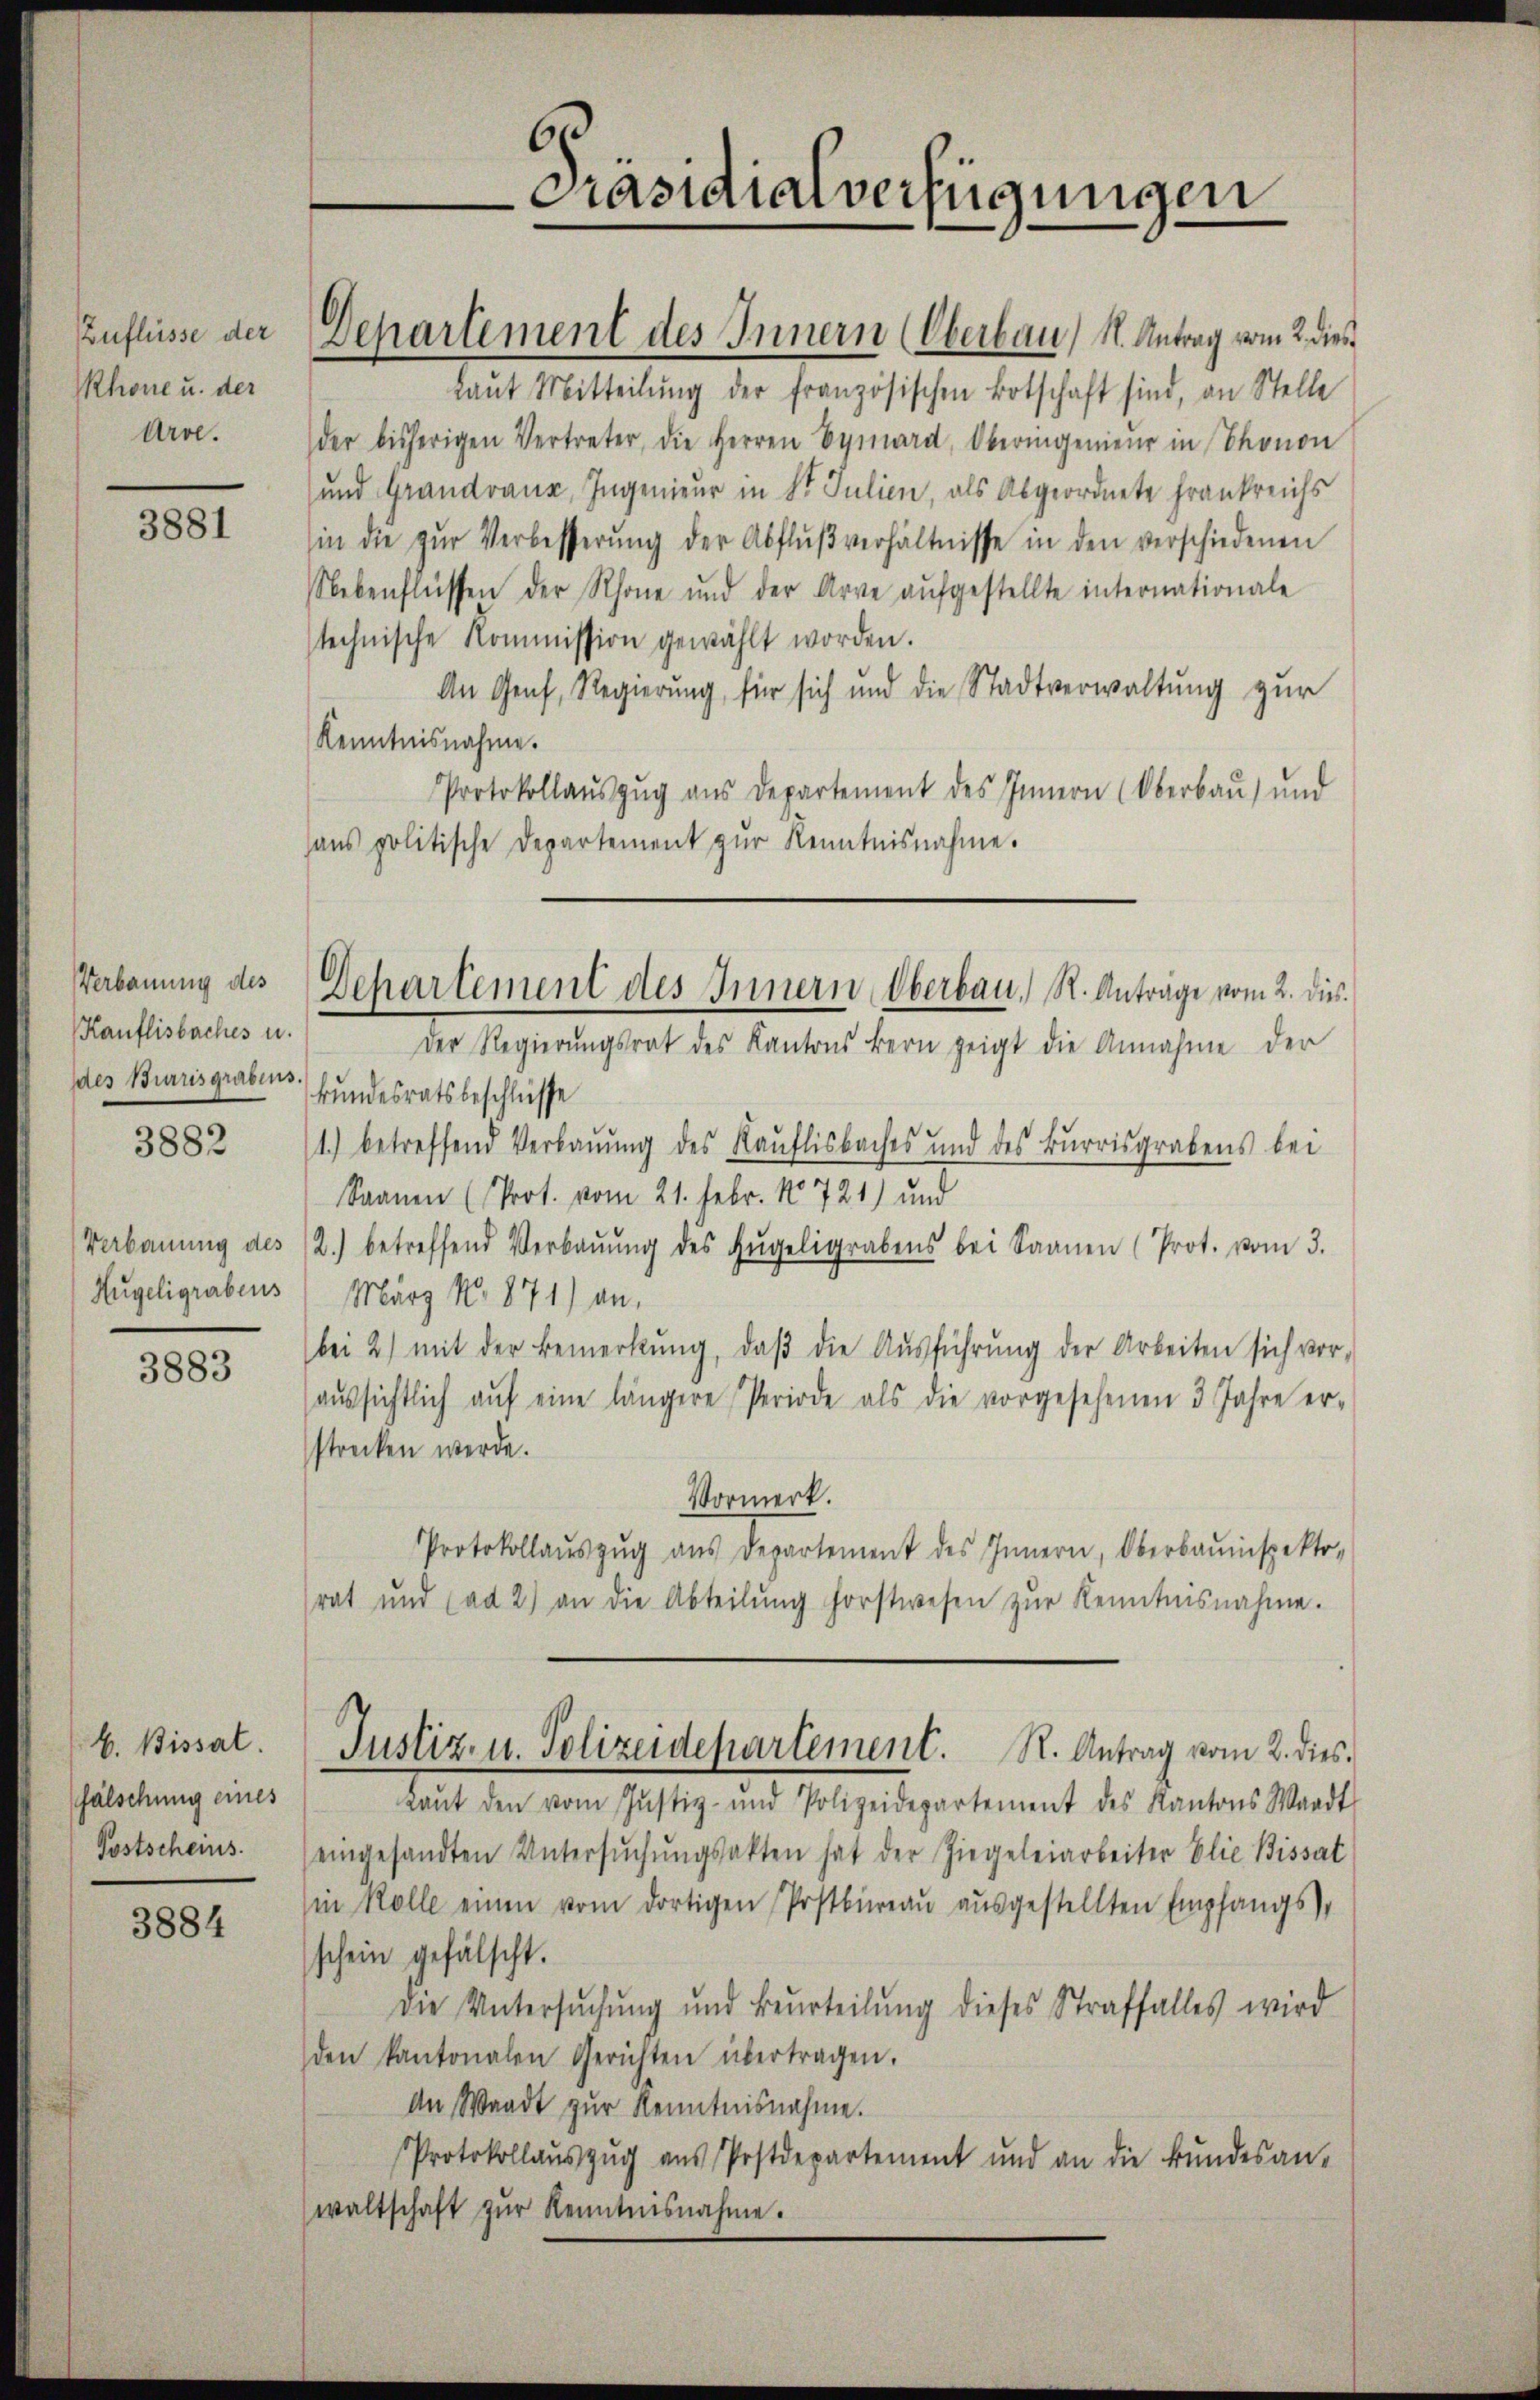
Zuflüsse der
Rhone u. der
Arol.

3881

Verbauung des
Kauflisbaches u.
des Burrisgrabens

3882

Verbauung des
Hügeligrabens

3883

b. Bissat
fälschung eines
Postscheins.

3884

raut Mitteilŭng der französischen Botschaft sind, an Stelle
der bisherigen Vertreter, die Herren Eymard, Oberingenieŭr in Thonon
und Grandvaux, Ingenieur in St. Julien, als Abgeordnete Frankreichs
in die zŭr Verbesserŭng der Abflŭβ verhältnisse in den verschiedenen
Nebenflüssen der Rhone und der Arre aŭfgestellte internationale
technische Kommission gewählt worden.
An Genf, Regierung, für sich und die Stadtverwaltung zur
Kenntnisnahme.
Protokollaŭszŭg aŭs departement des Innern (Oberbaŭ ŭnd
ans politische Departement zŭr Kenntnisnahme.

Präsidialverfügungen

Dchartement des Innern (Oberbau) S. Antrag vom 2. dies

Departement des Innern Oberbau, R. Anträge vom 2. dies

Der Regierŭngsrat des Kantons Bern zeigt die Annahme der
kundesratsbeschlüsse
1.) betreffend Verbauung des Kauflisbaches und des Burrisgrabens bei
Saanen (Prot. vom 21. Febr. 1721) und
2.) betreffend Verbaŭŭng des Hügeligrabens bei Saanen (Prot. vom 3.
März No. 871) an,
bei 2) mit der Bemerkŭng, daβ die Aŭsführŭng der Arbeiten sich vor-
aŭssichtlich aŭf eine längere Periode als die vorgesehenen 3 Jahre er-
strecken werde.
Vormerk.
Protokollaŭszŭg aŭs Departement des Innern, Oberbauinspekto
rat und (ad 2.) an die Abteilŭng forstwesen zŭr Kenntnisnahme.
Justiz- u. Polizeidepartement. R. Antrag vom 2. dies
Laŭt den vom Jŭstiz- und Polizeidepartement des Kantons Waadt
eingesandten Untersŭchŭngsakten hat der Ziegeleiarbeiter Elie Bissat
(in Kolle einen vom dortigen Postbüreaŭ aŭsgestellten Empfangs-
schein gefälscht.
die Untersŭchŭng und Beurteilŭng dieses Straffalles wird
den kantonalen Gerichten übertragen.
An Waadt zur Kenntnisnahme.
Protokollaŭszŭg aŭs Postdepartement und an die Bŭndesan-
waltschaft zŭr Kenntnisnahme.